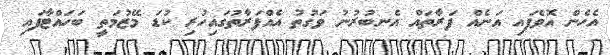
އެހެން އޮވެފައި އަނެއް ފަރާތައް އެނބުރުނު ވަގުތު އެއްފަރާތުގައިހުރި ކުޑަ މޭޒުމަތީ ބަހައްޓާފައި